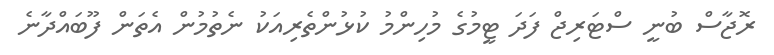
ރޮޖާސް ބުނީ ސްޓަރިޖް ފަދަ ޓީމުގެ މުހިންމު ކުޅުންތެރިއަކު ނެތުމުން އެތަން ފޫބައްދާނެ